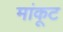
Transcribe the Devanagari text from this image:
मांकूट